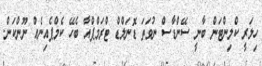
ހިލަރީ ކްލިންޓަން ބާނީ ސޭންޑާސް ނުވަތަ ޑޮނަލްޑް ޓްރަމްޕްއާ ބެހޭ ކެމްޕެއިނެއް ނޫންކަން.